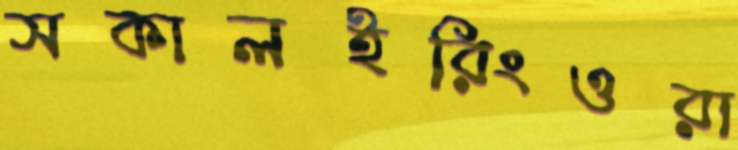
সকালইরিংওরা